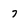
Character: 7